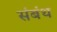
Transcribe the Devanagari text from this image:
संबंथ